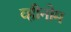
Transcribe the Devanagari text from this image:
व्हीनोम